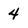
Character: 4